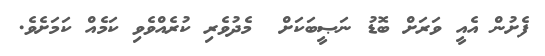
ފެށުން އެއީ ވަރަށް ބޮޑު ނަޞީބަކަށް  މެދުވެރި ކުރެއްވެވި ކަމެއް ކަމަށެވެ.